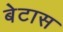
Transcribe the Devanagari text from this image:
बेटास